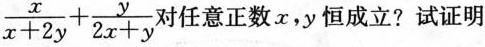
\frac { x } { x + 2 y } + \frac { y } { 2 x + y }$$ 对任意正数x，y恒成立?试证明